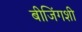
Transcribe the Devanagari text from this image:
बीजिंगशी